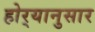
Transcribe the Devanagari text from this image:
होर्‍यानुसार